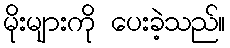
မိုးများကို ပေးခဲ့သည်။